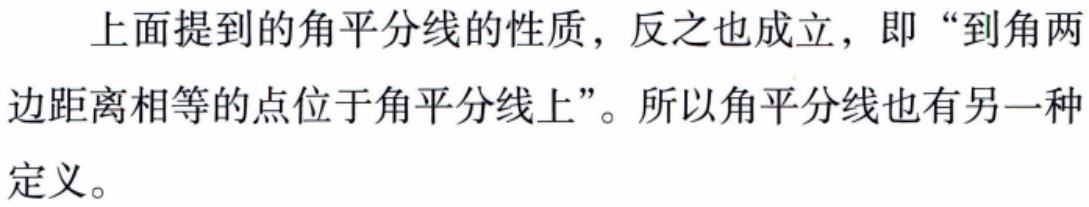
上面提到的角平分线的性质，反之也成立，即“到角两边距离相等的点位于角平分线上”。所以角平分线也有另一种定义。